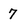
Character: 7